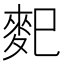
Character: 𪌄